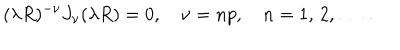
( \lambda R ) ^ { - \nu } J _ { \nu } ( \lambda R ) = 0 , \quad \nu = n p , \quad n = 1 , \, 2 , \, \ldots \, { . }